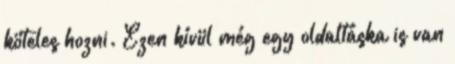
köteles hozni. Ezen kívül még egy oldaltáska is van